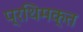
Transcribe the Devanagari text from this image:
प्रथिमक्त